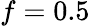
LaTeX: f=0.5